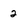
Character: 2